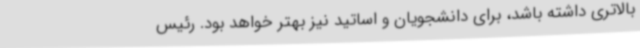
بالاتری داشته باشد، برای دانشجویان و اساتید نیز بهتر خواهد بود. رئیس